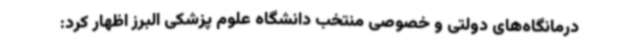
درمانگاه‌های دولتی و خصوصی منتخب دانشگاه علوم پزشکی البرز اظهار کرد: